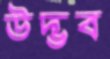
উদ্ভব